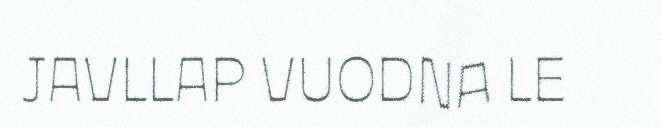
JAVLLAP VUODNA LE